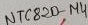
Text: NTC820-µ